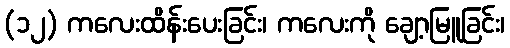
(၁၂) ကလေးထိန်းပေးခြင်း၊ ကလေးကို ချော့မြူခြင်း၊